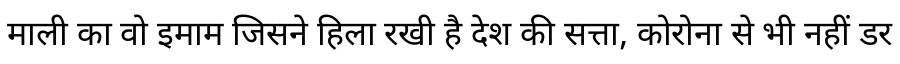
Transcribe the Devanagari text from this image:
माली का वो इमाम जिसने हिला रखी है देश की सत्ता, कोरोना से भी नहीं डर